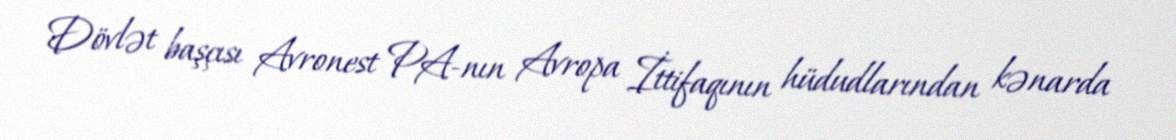
Dövlət başçısı Avronest PA-nın Avropa İttifaqının hüdudlarından kənarda